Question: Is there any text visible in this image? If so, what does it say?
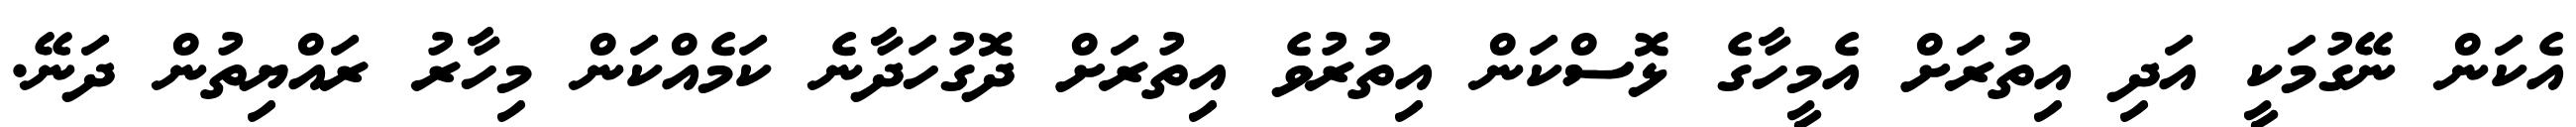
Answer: އެކަން ނޭގުމަކީ އަދި އިތުރަށް އެމީހާގެ ޅޮސްކަން އިތުރުވެ އިތުރަށް ދޮގުހަދާނެ ކަމެއްކަން މިހާރު ރައްޔިތުން ދަނޭ.